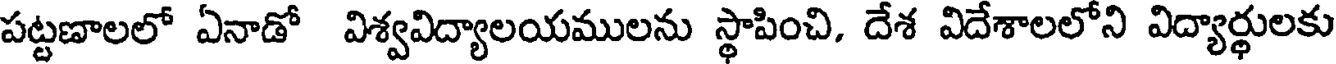
పట్టణాలలో ఏనాడో విశ్వవిద్యాలయములను స్థాపించి, దేశ విదేశాలలోని విద్యార్థులకు